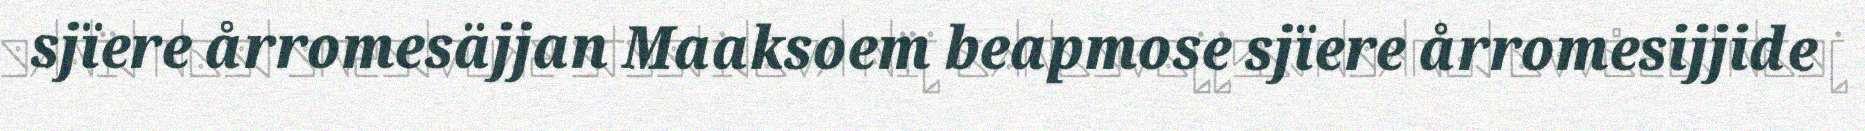
sjïere årromesäjjan Maaksoem beapmose sjïere årromesijjide